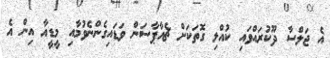
އެ ޖަލްސާ ދޫކުރައްވައި ކުއްލި ގޮތަކަށް ޗެއާޕާސަން ވަޑައިގެންނެވުމާއި މީޑީއާ އިން އެ